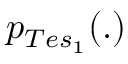
p _ { T e s _ { 1 } } ( . )